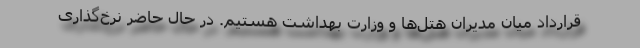
قرارداد میان مدیران هتل‌ها و وزارت بهداشت هستیم. در حال حاضر نرخ‌گذاری